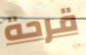
قرحة